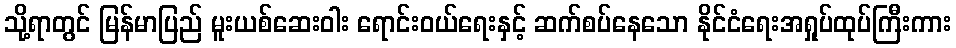
သို့ရာတွင် မြန်မာပြည် မူးယစ်ဆေးဝါး ရောင်းဝယ်ရေးနှင့် ဆက်စပ်နေသော နိုင်ငံရေးအရှုပ်ထုပ်ကြီးကား